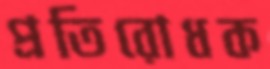
প্রতিরোধক